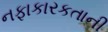
નફાકારકતાની